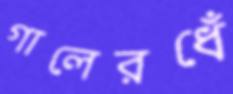
গালেরধেঁ